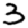
Digit: 3